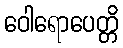
ဝေါရောပေတ္တိ